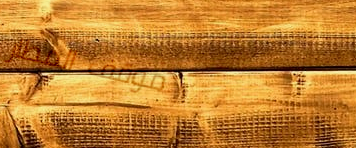
موقف المطار